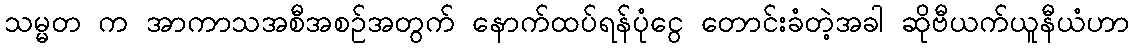
သမ္မတ က အာကာသအစီအစဉ်အတွက် နောက်ထပ်ရန်ပုံငွေ တောင်းခံတဲ့အခါ ဆိုဗီယက်ယူနီယံဟာ